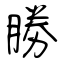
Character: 勝